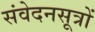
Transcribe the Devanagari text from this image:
संवेदनसूत्रों